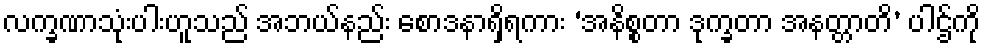
လက္ခဏာသုံးပါးဟူသည် အဘယ်နည်း စောဒနာရှိရကား ‘အနိစ္စတာ ဒုက္ခတာ အနတ္တာတိ’ ပါဌ်ကို